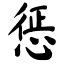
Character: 惩